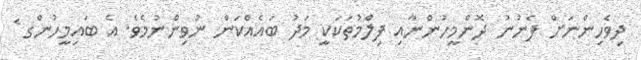
ދިވެހިންނަށް ފެނުނު ދޮންމީހުންނާއި ފިލްމުތަކަކީ މަދު ބައެއްކަން ނުވިންނުމެވެ. އެ ބައިމީހުންގ ެ